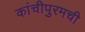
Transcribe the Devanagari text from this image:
कांचीपुरमची